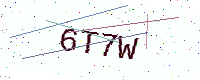
Text: 6T7W